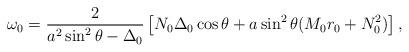
LaTeX: \begin{align*}\omega_0=\frac{2}{a^2\sin^2\theta-\Delta_0}\left[N_0\Delta_0\cos\theta+a\sin^2\theta (M_0r_0+N_0^2)\right],\end{align*}